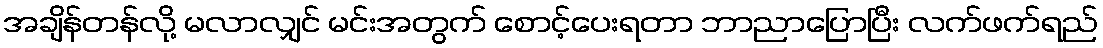
အချိန်တန်လို့ မလာလျှင် မင်းအတွက် စောင့်ပေးရတာ ဘာညာပြောပြီး လက်ဖက်ရည်